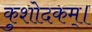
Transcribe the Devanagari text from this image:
कुशोदकम्।